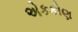
એકકોણ